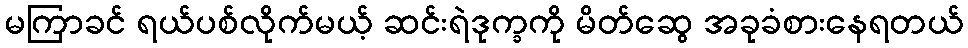
မကြာခင် ရယ်ပစ်လိုက်မယ့် ဆင်းရဲဒုက္ခကို မိတ်ဆွေ အခုခံစားနေရတယ်